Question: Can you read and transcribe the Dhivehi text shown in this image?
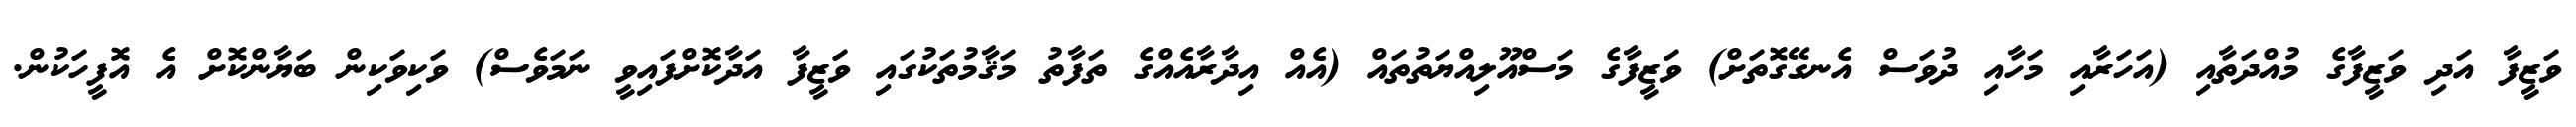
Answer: ވަޒީފާ އަދި ވަޒީފާގެ މުއްދަތާއި (އަހަރާއި މަހާއި ދުވަސް އެނގޭގޮތަށް) ވަޒީފާގެ މަސްއޫލިއްޔަތުތައް (އެއް އިދާރާއެއްގެ ތަފާތު މަޤާމުތަކުގައި ވަޒީފާ އަދާކޮށްފައިވީ ނަމަވެސް) ވަކިވަކިން ބަޔާންކޮށް އެ އޮފީހަކުން.